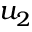
u _ { 2 }